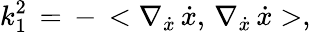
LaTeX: k_{1}^{2}\, =\, -\, <\nabla_{\dot{x}}\, \dot{x},\, \nabla_{\dot{x}}\, \dot{x}>,